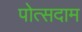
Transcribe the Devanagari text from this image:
पोत्सदाम